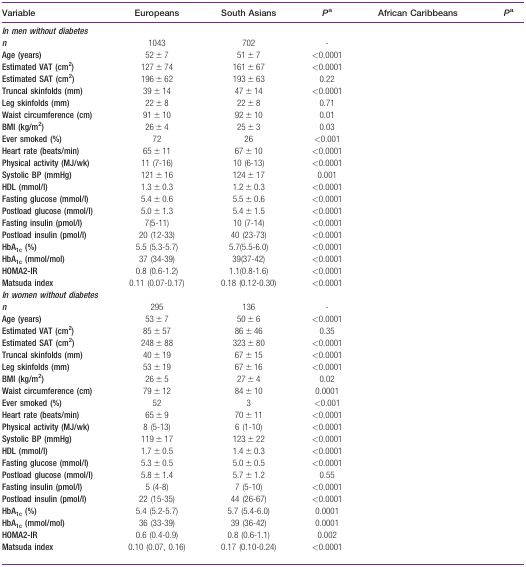
<table><thead><tr><td><b>Variable</b></td><td><b>Europeans</b></td><td><b>South Asians</b></td><td><b><i>P</i>a</b></td><td><b>African Caribbeans</b></td><td><b><i>P</i>a</b></td></tr></thead><tbody><tr><td colspan="6"><b><i>In men without diabetes</i></b></td></tr><tr><td><b><i>n</i></b></td><td>1043</td><td>702</td><td>-</td><td>[EMPTY_CELL]</td><td>[EMPTY_CELL]</td></tr><tr><td><b>Age (years)</b></td><td>52 ± 7</td><td>51 ± 7</td><td>&lt;0.0001</td><td>[EMPTY_CELL]</td><td>[EMPTY_CELL]</td></tr><tr><td><b>Estimated VAT (cm<sup>2</sup>)</b></td><td>127 ± 74</td><td>161 ± 67</td><td>&lt;0.0001</td><td>[EMPTY_CELL]</td><td>[EMPTY_CELL]</td></tr><tr><td><b>Estimated SAT (cm<sup>2</sup>)</b></td><td>196 ± 62</td><td>193 ± 63</td><td>0.22</td><td>[EMPTY_CELL]</td><td>[EMPTY_CELL]</td></tr><tr><td><b>Truncal skinfolds (mm)</b></td><td>39 ± 14</td><td>47 ± 14</td><td>&lt;0.0001</td><td>[EMPTY_CELL]</td><td>[EMPTY_CELL]</td></tr><tr><td><b>Leg skinfolds (mm)</b></td><td>22 ± 8</td><td>22 ± 8</td><td>0.71</td><td>[EMPTY_CELL]</td><td>[EMPTY_CELL]</td></tr><tr><td><b>Waist circumference (cm)</b></td><td>91 ± 10</td><td>92 ± 10</td><td>0.01</td><td>[EMPTY_CELL]</td><td>[EMPTY_CELL]</td></tr><tr><td><b>BMI (kg/m<sup>2</sup>)</b></td><td>26 ± 4</td><td>25 ± 3</td><td>0.03</td><td>[EMPTY_CELL]</td><td>[EMPTY_CELL]</td></tr><tr><td><b>Ever smoked (%)</b></td><td>72</td><td>26</td><td>&lt;0.001</td><td>[EMPTY_CELL]</td><td>[EMPTY_CELL]</td></tr><tr><td><b>Heart rate (beats/min)</b></td><td>65 ± 11</td><td>67 ± 10</td><td>&lt;0.0001</td><td>[EMPTY_CELL]</td><td>[EMPTY_CELL]</td></tr><tr><td><b>Physical activity (MJ/wk)</b></td><td>11 (7-16)</td><td>10 (6-13)</td><td>&lt;0.0001</td><td>[EMPTY_CELL]</td><td>[EMPTY_CELL]</td></tr><tr><td><b>Systolic BP (mmHg)</b></td><td>121 ± 16</td><td>124 ± 17</td><td>0.001</td><td>[EMPTY_CELL]</td><td>[EMPTY_CELL]</td></tr><tr><td><b>HDL (mmol/l)</b></td><td>1.3 ± 0.3</td><td>1.2 ± 0.3</td><td>&lt;0.0001</td><td>[EMPTY_CELL]</td><td>[EMPTY_CELL]</td></tr><tr><td><b>Fasting glucose (mmol/l)</b></td><td>5.4 ± 0.6</td><td>5.5 ± 0.6</td><td>&lt;0.0001</td><td>[EMPTY_CELL]</td><td>[EMPTY_CELL]</td></tr><tr><td><b>Postload glucose (mmol/l)</b></td><td>5.0 ± 1.3</td><td>5.4 ± 1.5</td><td>&lt;0.0001</td><td>[EMPTY_CELL]</td><td>[EMPTY_CELL]</td></tr><tr><td><b>Fasting insulin (pmol/l)</b></td><td>7(5-11)</td><td>10 (7-14)</td><td>&lt;0.0001</td><td>[EMPTY_CELL]</td><td>[EMPTY_CELL]</td></tr><tr><td><b>Postload insulin (pmol/l)</b></td><td>20 (12-33)</td><td>40 (23-73)</td><td>&lt;0.0001</td><td>[EMPTY_CELL]</td><td>[EMPTY_CELL]</td></tr><tr><td><b>HbA<sub>1c</sub> (%)</b></td><td>5.5 (5.3-5.7)</td><td>5.7(5.5-6.0)</td><td>&lt;0.0001</td><td>[EMPTY_CELL]</td><td>[EMPTY_CELL]</td></tr><tr><td><b>HbA<sub>1c</sub> (mmol/mol)</b></td><td>37 (34-39)</td><td>39(37-42)</td><td>&lt;0.0001</td><td>[EMPTY_CELL]</td><td>[EMPTY_CELL]</td></tr><tr><td><b>HOMA2-IR</b></td><td>0.8 (0.6-1.2)</td><td>1.1(0.8-1.6)</td><td>&lt;0.0001</td><td>[EMPTY_CELL]</td><td>[EMPTY_CELL]</td></tr><tr><td><b>Matsuda index</b></td><td>0.11 (0.07-0.17)</td><td>0.18 (0.12-0.30)</td><td>&lt;0.0001</td><td>[EMPTY_CELL]</td><td>[EMPTY_CELL]</td></tr><tr><td colspan="6"><b><i>In women without diabetes</i></b></td></tr><tr><td><b><i>n</i></b></td><td>295</td><td>136</td><td>-</td><td>[EMPTY_CELL]</td><td>[EMPTY_CELL]</td></tr><tr><td><b>Age (years)</b></td><td>53 ± 7</td><td>50 ± 6</td><td>&lt;0.0001</td><td>[EMPTY_CELL]</td><td>[EMPTY_CELL]</td></tr><tr><td><b>Estimated VAT (cm<sup>2</sup>)</b></td><td>85 ± 57</td><td>86 ± 46</td><td>0.35</td><td>[EMPTY_CELL]</td><td>[EMPTY_CELL]</td></tr><tr><td><b>Estimated SAT (cm<sup>2</sup>)</b></td><td>248 ± 88</td><td>323 ± 80</td><td>&lt;0.0001</td><td>[EMPTY_CELL]</td><td>[EMPTY_CELL]</td></tr><tr><td><b>Truncal skinfolds (mm)</b></td><td>40 ± 19</td><td>67 ± 15</td><td>&lt;0.0001</td><td>[EMPTY_CELL]</td><td>[EMPTY_CELL]</td></tr><tr><td><b>Leg skinfolds (mm)</b></td><td>53 ± 19</td><td>67 ± 16</td><td>&lt;0.0001</td><td>[EMPTY_CELL]</td><td>[EMPTY_CELL]</td></tr><tr><td><b>BMI (kg/m<sup>2</sup>)</b></td><td>26 ± 5</td><td>27 ± 4</td><td>0.02</td><td>[EMPTY_CELL]</td><td>[EMPTY_CELL]</td></tr><tr><td><b>Waist circumference (cm)</b></td><td>79 ± 12</td><td>84 ± 10</td><td>0.0001</td><td>[EMPTY_CELL]</td><td>[EMPTY_CELL]</td></tr><tr><td><b>Ever smoked (%)</b></td><td>52</td><td>3</td><td>&lt;0.001</td><td>[EMPTY_CELL]</td><td>[EMPTY_CELL]</td></tr><tr><td><b>Heart rate (beats/min)</b></td><td>65 ± 9</td><td>70 ± 11</td><td>&lt;0.0001</td><td>[EMPTY_CELL]</td><td>[EMPTY_CELL]</td></tr><tr><td><b>Physical activity (MJ/wk)</b></td><td>8 (5-13)</td><td>6 (1-10)</td><td>&lt;0.0001</td><td>[EMPTY_CELL]</td><td>[EMPTY_CELL]</td></tr><tr><td><b>Systolic BP (mmHg)</b></td><td>119 ± 17</td><td>123 ± 22</td><td>&lt;0.0001</td><td>[EMPTY_CELL]</td><td>[EMPTY_CELL]</td></tr><tr><td><b>HDL (mmol/l)</b></td><td>1.7 ± 0.5</td><td>1.4 ± 0.3</td><td>&lt;0.0001</td><td>[EMPTY_CELL]</td><td>[EMPTY_CELL]</td></tr><tr><td><b>Fasting glucose (mmol/l)</b></td><td>5.3 ± 0.5</td><td>5.0 ± 0.5</td><td>&lt;0.0001</td><td>[EMPTY_CELL]</td><td>[EMPTY_CELL]</td></tr><tr><td><b>Postload glucose (mmol/l)</b></td><td>5.8 ± 1.4</td><td>5.7 ± 1.2</td><td>0.55</td><td>[EMPTY_CELL]</td><td>[EMPTY_CELL]</td></tr><tr><td><b>Fasting insulin (pmol/l)</b></td><td>5 (4-8)</td><td>7 (5-10)</td><td>&lt;0.0001</td><td>[EMPTY_CELL]</td><td>[EMPTY_CELL]</td></tr><tr><td><b>Postload insulin (pmol/l)</b></td><td>22 (15-35)</td><td>44 (26-67)</td><td>&lt;0.0001</td><td>[EMPTY_CELL]</td><td>[EMPTY_CELL]</td></tr><tr><td><b>HbA<sub>1c</sub> (%)</b></td><td>5.4 (5.2-5.7)</td><td>5.7 (5.4-6.0)</td><td>0.0001</td><td>[EMPTY_CELL]</td><td>[EMPTY_CELL]</td></tr><tr><td><b>HbA<sub>1c</sub> (mmol/mol)</b></td><td>36 (33-39)</td><td>39 (36-42)</td><td>0.0001</td><td>[EMPTY_CELL]</td><td>[EMPTY_CELL]</td></tr><tr><td><b>HOMA2-IR</b></td><td>0.6 (0.4-0.9)</td><td>0.8 (0.6-1.1)</td><td>0.002</td><td>[EMPTY_CELL]</td><td>[EMPTY_CELL]</td></tr><tr><td><b>Matsuda index</b></td><td>0.10 (0.07, 0.16)</td><td>0.17 (0.10-0.24)</td><td>&lt;0.0001</td><td>[EMPTY_CELL]</td><td>[EMPTY_CELL]</td></tr></tbody></table>